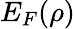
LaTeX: E_{F}(\rho)